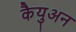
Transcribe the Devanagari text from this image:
कैयुअन